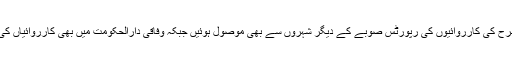
اسی طرح کی کارروائیوں کی رپورٹس صوبے کے دیگر شہروں سے بھی موصول ہوئیں جبکہ وفاقی دارالحکومت میں بھی کارروائیاں کی گئیں۔